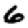
Digit: 6